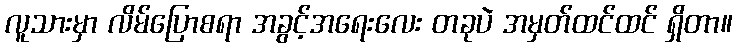
လူသားမှာ လိမ်ပြောစရာ အခွင့်အရေးလေး တခုပဲ အမှတ်ထင်ထင် ရှိတာ။